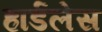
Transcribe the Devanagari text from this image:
हार्डलेस